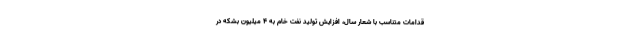
قدامات متناسب با شعار سال، افزایش تولید نفت خام به ۴ میلیون بشکه در